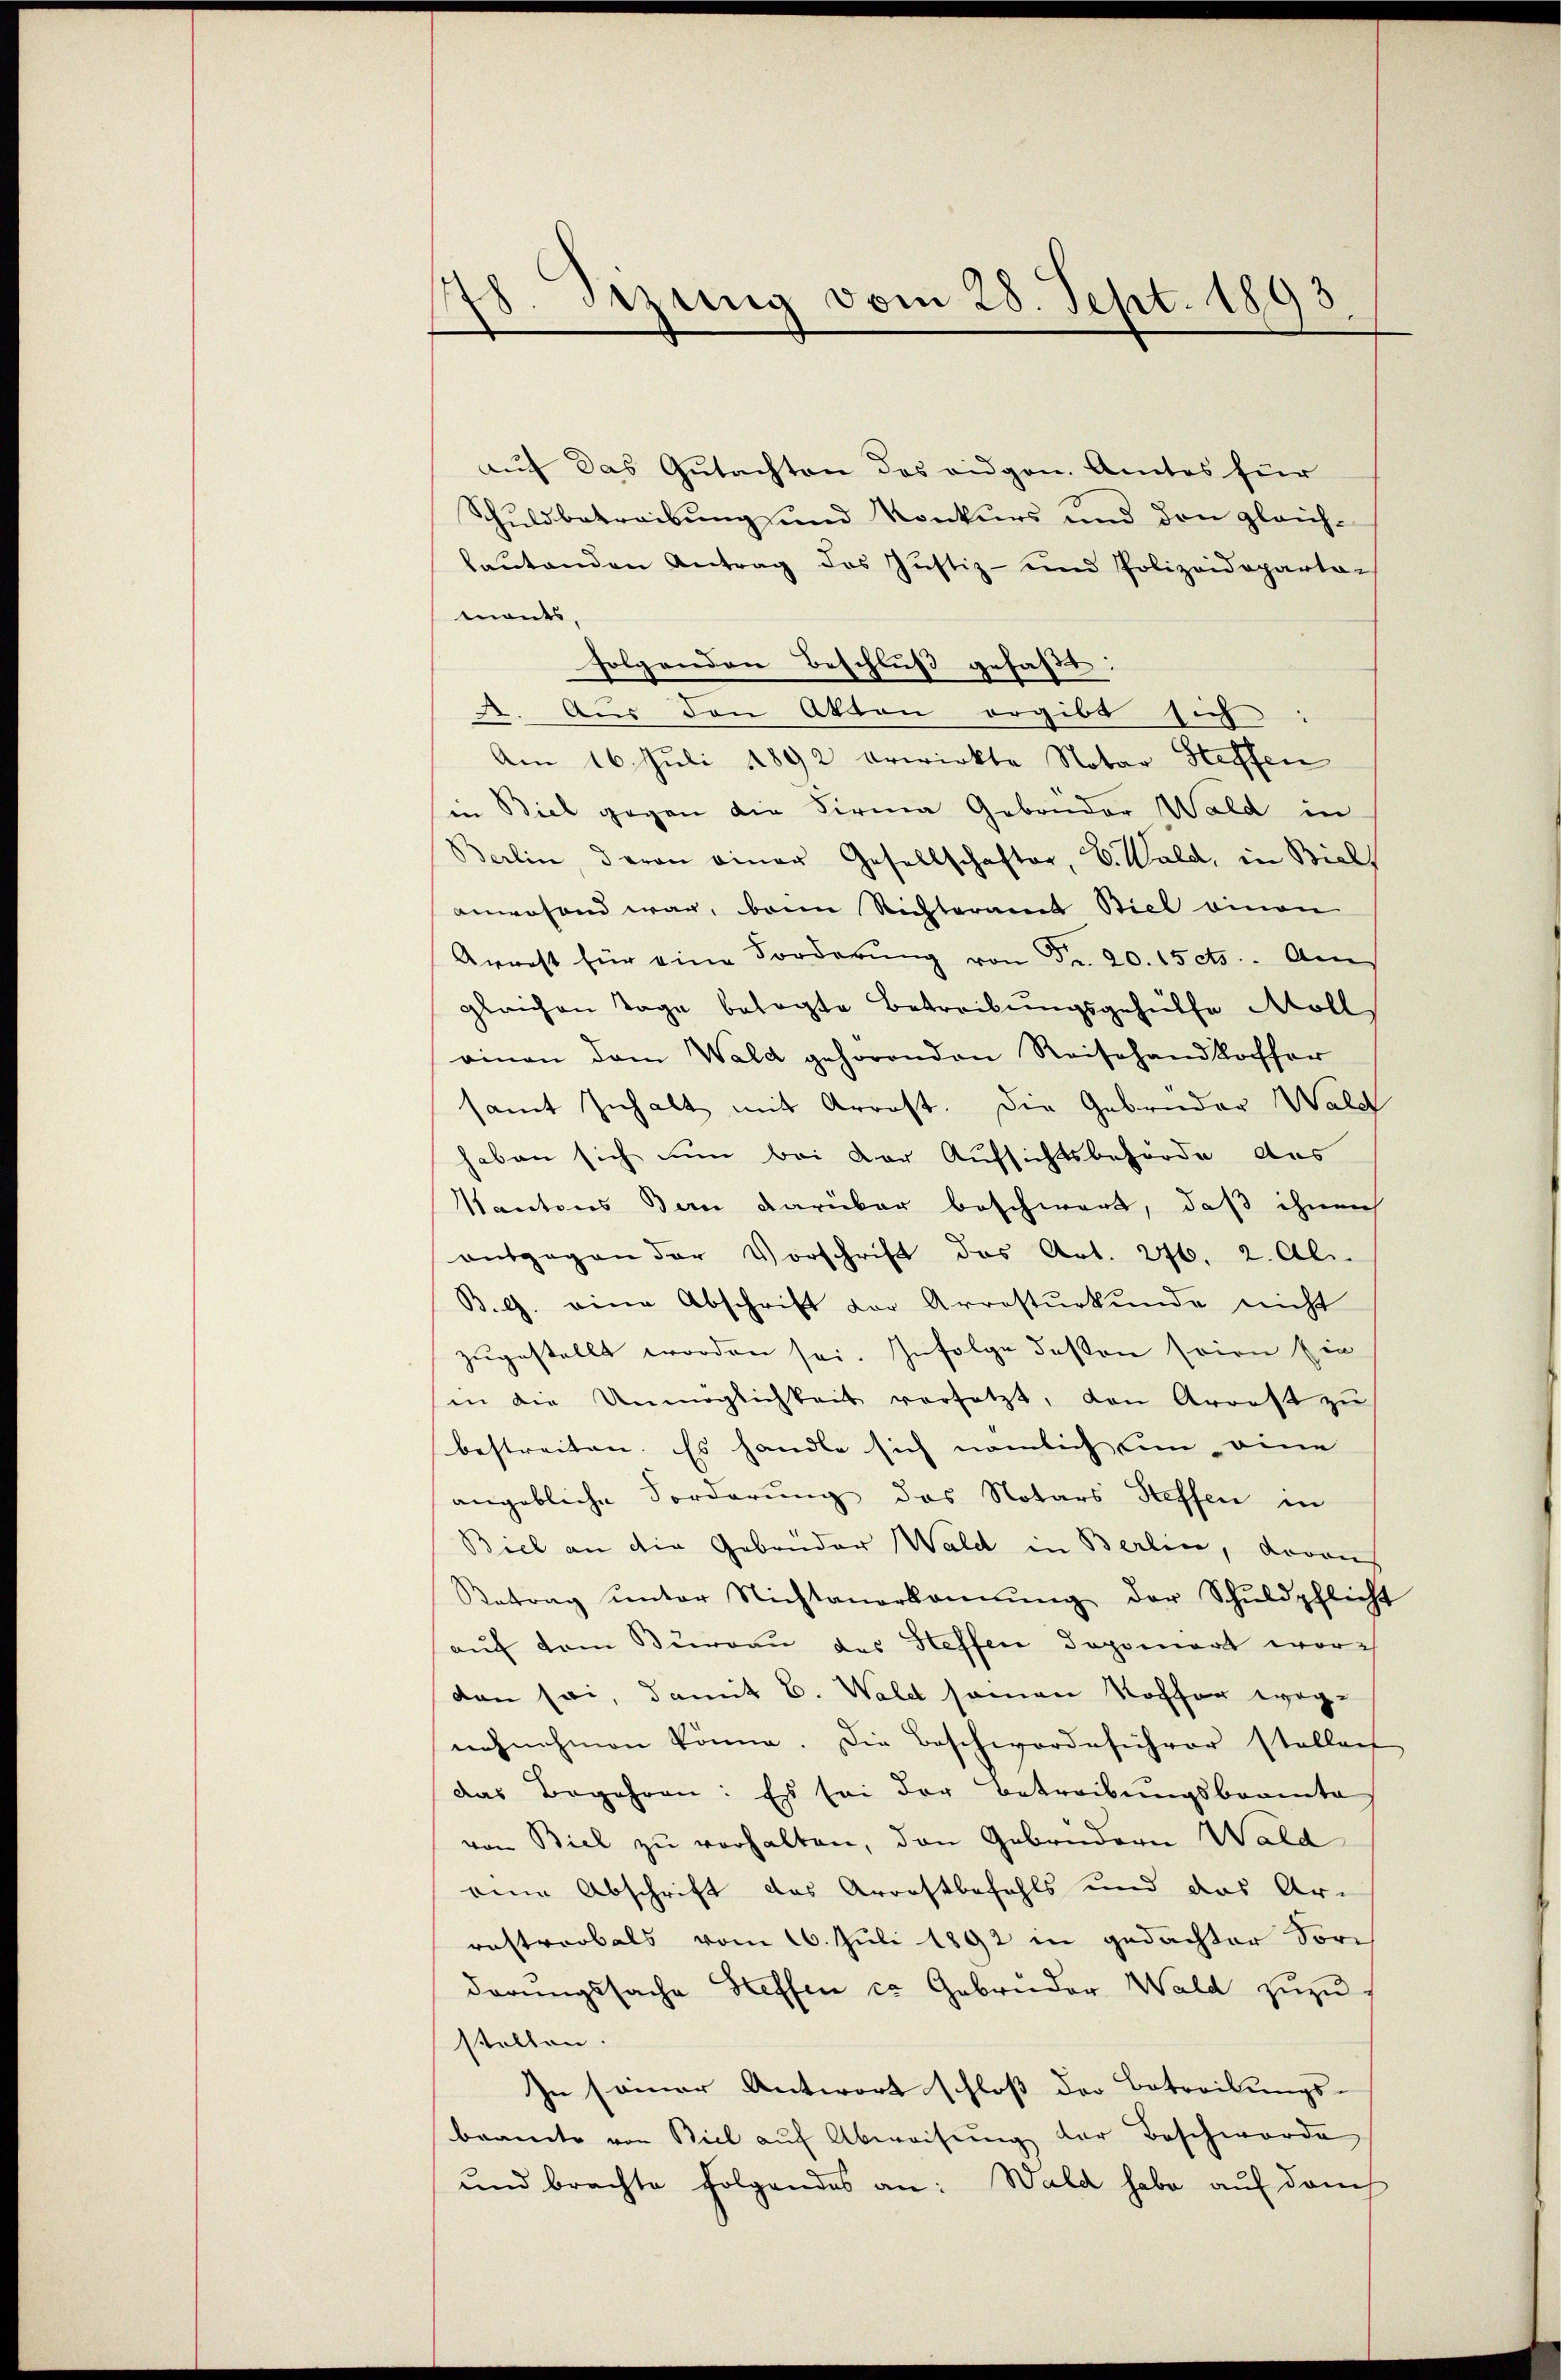
.
Sitzung vom 28. Sept. 1893

auf das Gutachten des eidgen. Amtes für
Schuldbetreibung und Konkurs und den gleichlautenden Antrag des Justiz- und Polizeideparta-
monts,
folgenden Beschluß gefaßt:
e. Aus den Atten ergibt sich
Am 16. Juli 1892 erwirkte Notar Steffen
in Biel gegen die Firma Gebrüder Wald in
Berlin, daran einer Gesellschafter, V. Wald, in Biels
anwesend war, beim Richteramt Biel einen
Arrest für eine Forderŭng von Fr. 20. 15 cts. Am
gleichen Tage besagte Betreibungsgehülfe Moll
rinen dem Wald gehörenden Reisehandkoffer
samt Inhalt mit Arrost. Die Gebrüder Wald
haben sich nun bei der Aufsichtsbehörde des
Kantons Bern darüber beschwert, daß ihnen
ansgegen der Vorschrift das Art. 276. 2. Al.
B.G. eine Abschrift der Arrestŭrkŭnde nicht
zugestellt worden sei. Infolge deßen seien sie
(in die Unmöglichkeit versetzt, den Arrest zŭ
bestreiten. Es handle sich nämlich um eine
angebliche Forderung des Notars Steffen in
Biel an die Gebrüder Wald in Berlin, darauf
Betrag ŭnter Nichtanerkannŭng der Schuldpflicht
auf dem Bureau des Steffen dopomort wor
den sei, damit C. Waldt seien Koffer wegnehnhmen könne. Die Beschworde sicher stellen
das Begehren: Es sei der Betreibungsbeamte
von Biel zu verhalten, den Gebrüdern Wald
eine Abschrift das Arrestbefehls und das Ar-
rastrorbals vom 16. Juli 1892 in gedachter Sorderungssache Steffen ca Gebrüder Wald zuzu
stellen.
In seiner Antwort schloß der Betreibungs-
beamte von Biel auf Abweisung der Beschworde
und brachte folgendes an: Wald habe auf durch